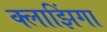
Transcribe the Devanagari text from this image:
क्लाझिंगा